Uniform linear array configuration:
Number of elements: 12
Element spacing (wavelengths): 0.75
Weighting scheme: kaiser
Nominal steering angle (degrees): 15
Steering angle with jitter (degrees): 14.806
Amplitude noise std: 0.05
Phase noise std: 0.05

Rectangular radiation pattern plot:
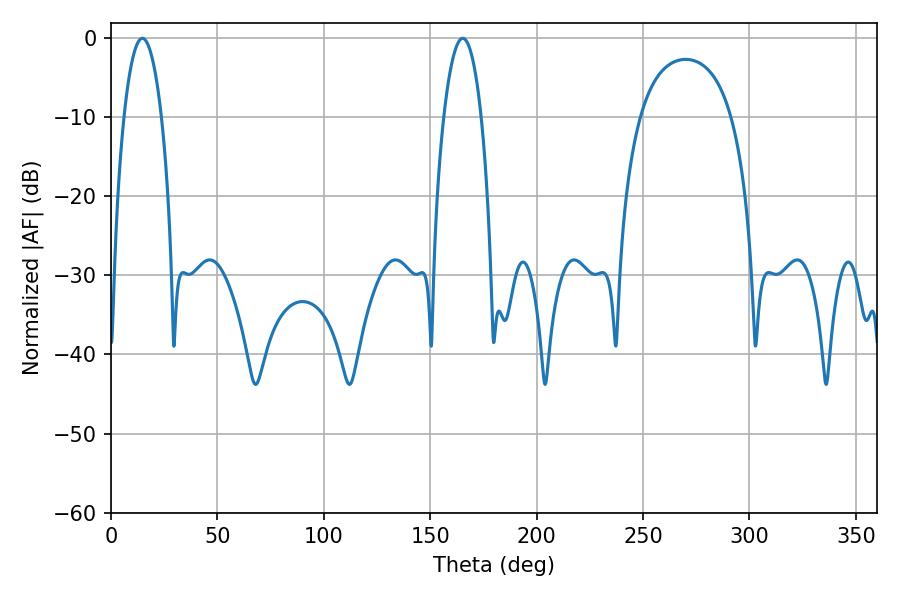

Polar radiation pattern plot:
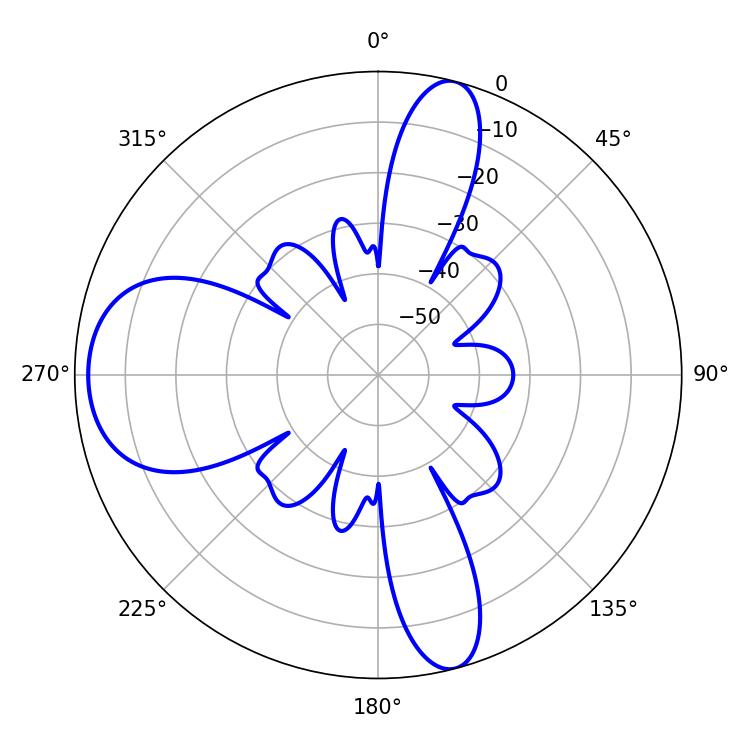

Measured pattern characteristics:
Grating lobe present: TRUE
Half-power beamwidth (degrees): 9.72
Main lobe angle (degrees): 14.76